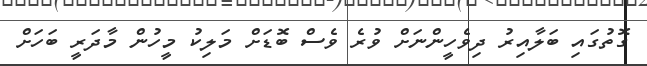
ގޮތުގައި ބަލާއިރު ދިވެހީންނަށް ވުރެ ވެސް ބޮޑަށް މަލިކު މީހުން މާދަރީ ބަހަށް